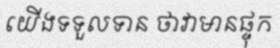
យើងទទួលទាន ថាវាមានផ្ទុក